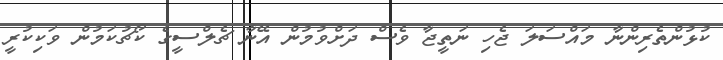
ކުޅުންތެރިންނާ މައްސަލަ ޖެހި ނަތީޖާ ވެސް ދަށްވުމުން އޭނާ ޗެލްސީގެ ކޯޗުކަމުން ވަކިކުރީ